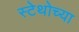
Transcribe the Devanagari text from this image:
स्टेथोच्या